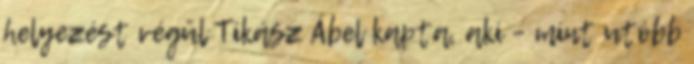
helyezést végül Tikász Ábel kapta, aki – mint utóbb